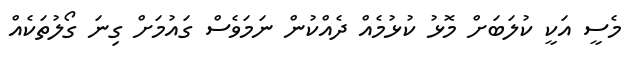
މެސީ އަކީ ކުލަބަށް މޮޅު ކުޅުމެއް ދެއްކުން ނަމަވެސް ގައުމަށް ގިނަ ގޯލުތަކެއް